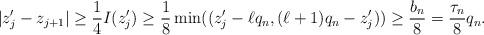
LaTeX: \begin{align*}|z_j'-z_{j+1}|\geq \frac{1}{4} I(z_j')\geq \frac{1}{8} \min((z_j'-\ell q_n, (\ell+1)q_n-z_j'))\geq \frac{b_n}{8}=\frac{\tau_n}{8} q_n.\end{align*}